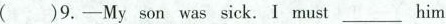
( )9.——My son was sick. I must___ him